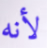
لأنه